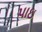
પાઇ